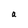
Character: a